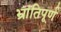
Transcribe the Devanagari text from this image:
भ्रांतिपूर्ण